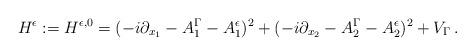
LaTeX: \begin{align*}H^{\epsilon}:=H^{\epsilon,0}=(-i\partial_{x_1} -A^\Gamma_1- A^{\epsilon}_1)^2 +(-i\partial_{x_2} -A^\Gamma_2- A^{\epsilon}_2)^2 + V_\Gamma\,.\end{align*}